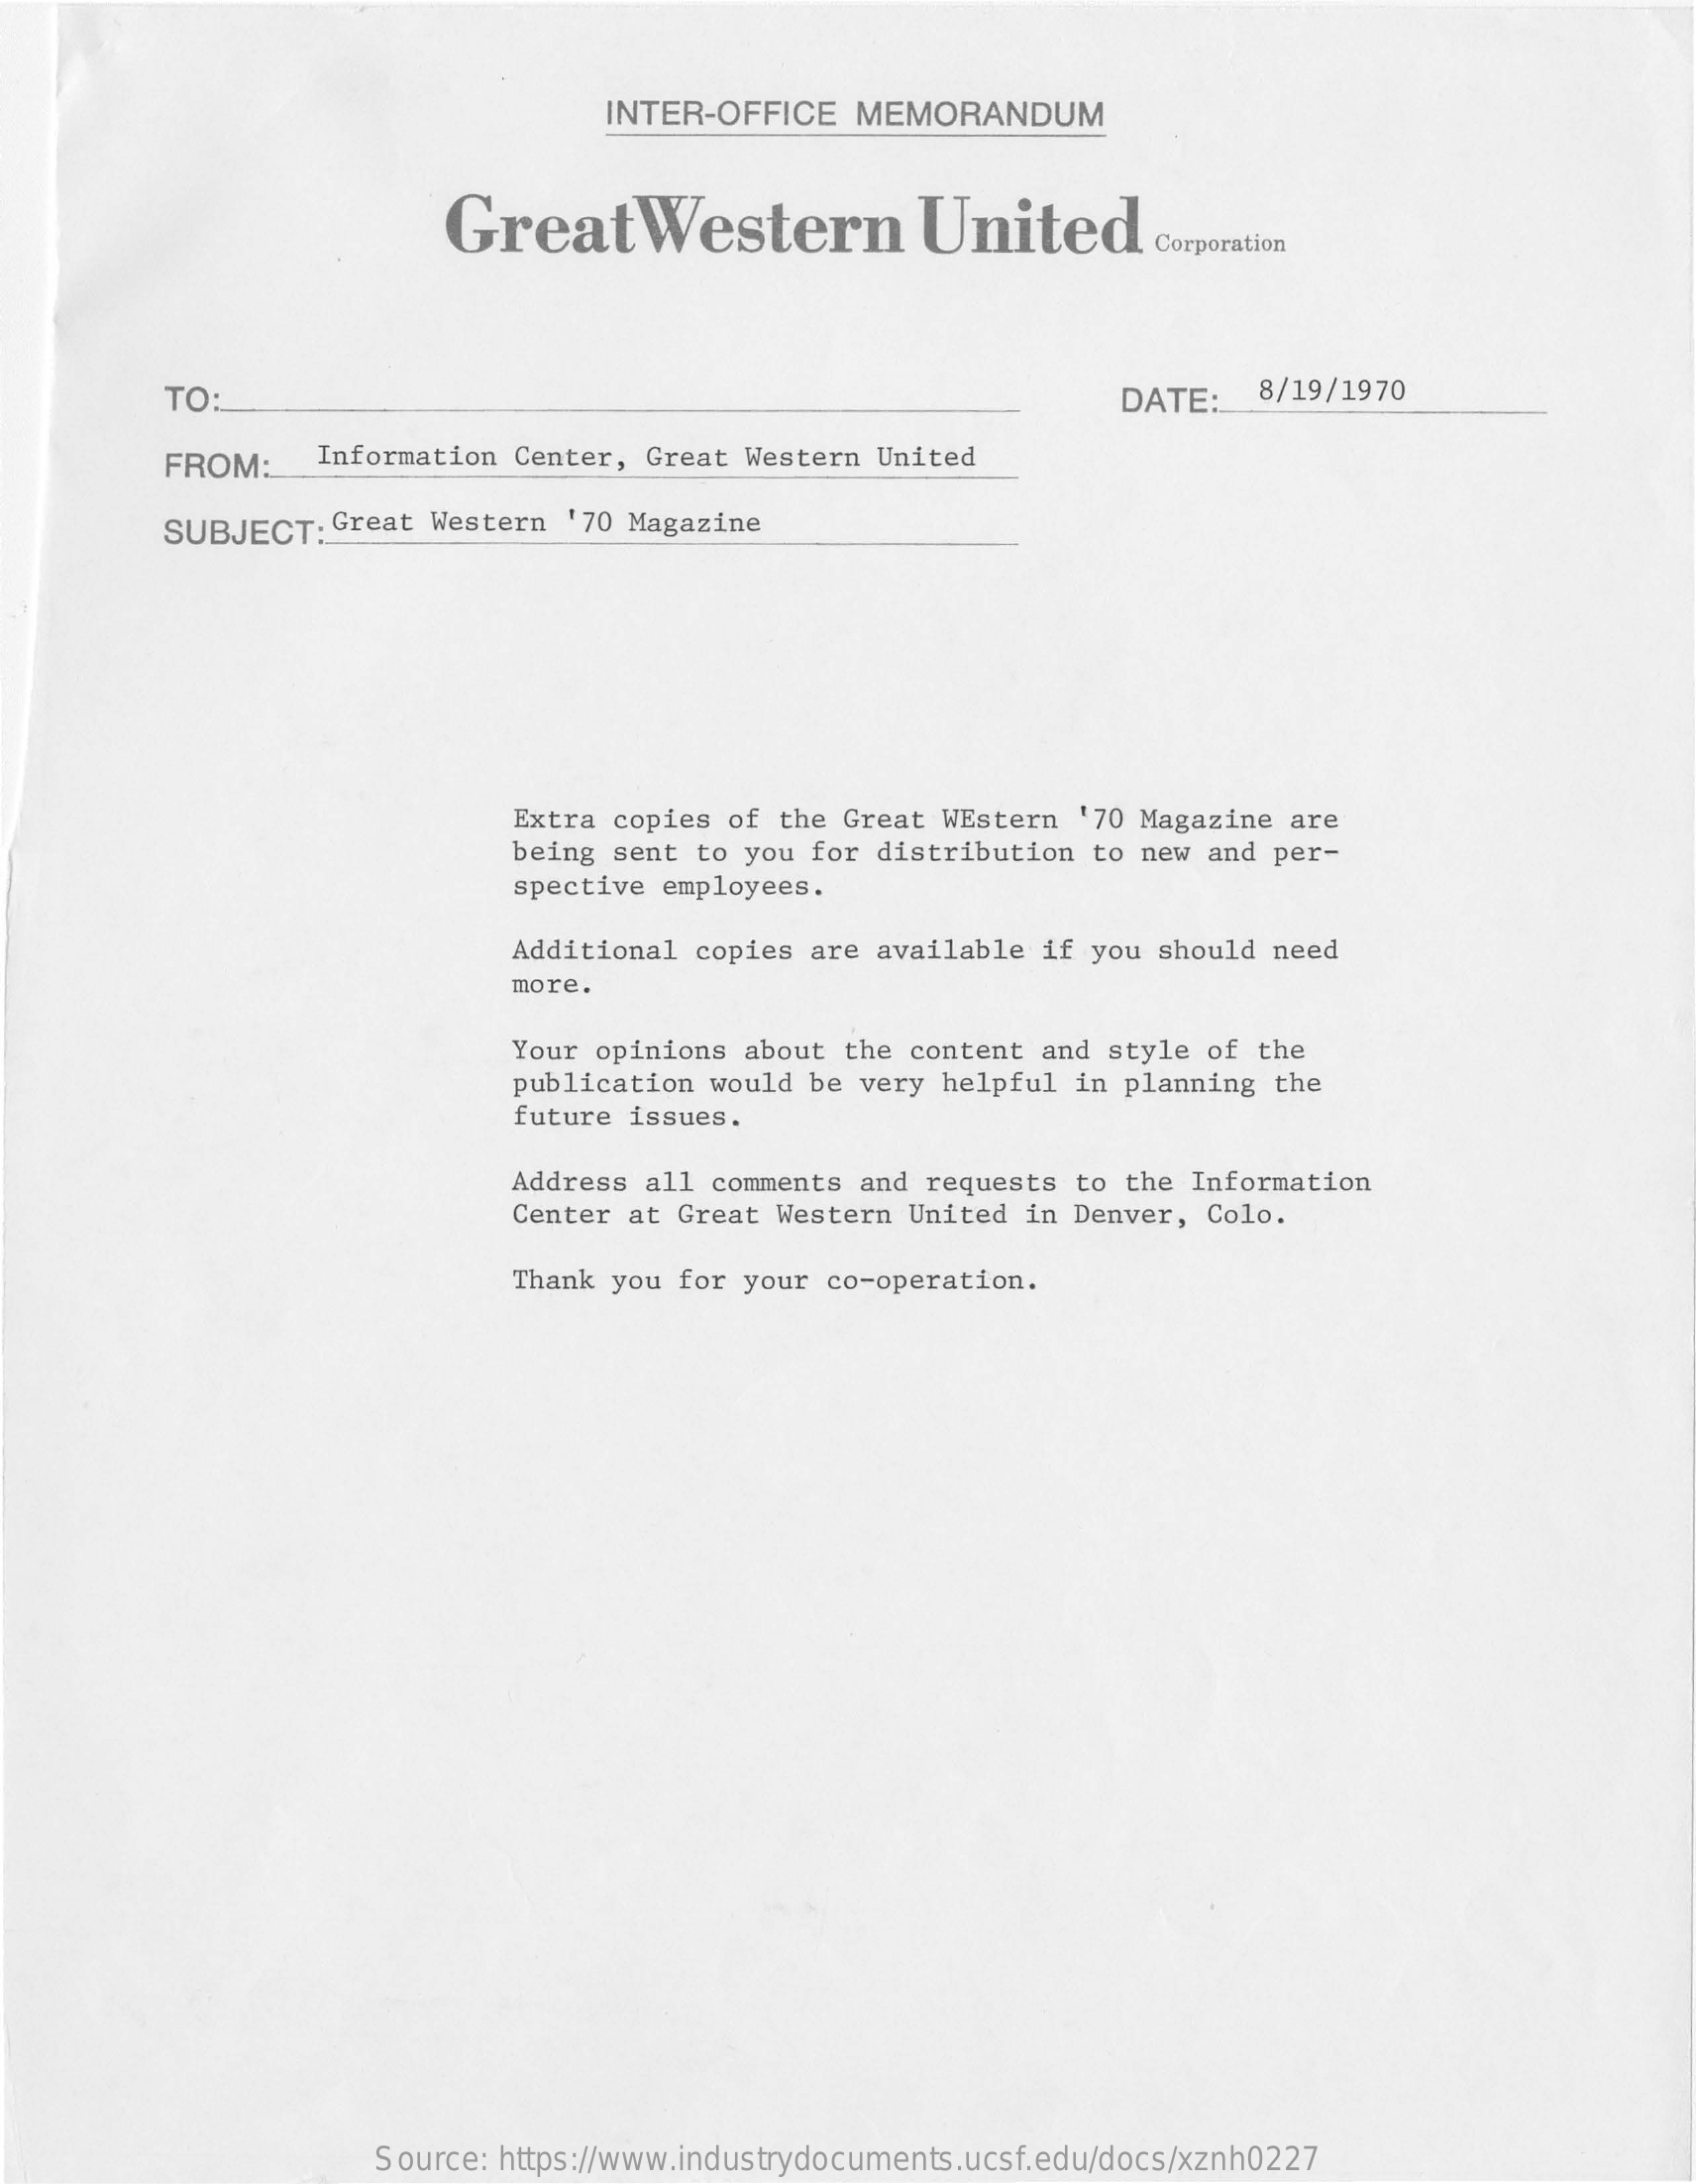
INTER-OFFICE   MEMORANDUM
     GreatWestern    United    Corporation
     TO:    DATE:    8/19/1970
     FROM:    Information Center, Great Western  United
     SUBJECT:   Great Western '70 Magazine
     Extra copies of  the Great WEstern '70 Magazine  are
     being sent to you  for distribution to new  and per-
     spective employees.
     Additional copies  are available if you should need
     more.
     Your opinions  about the content and style of  the
     publication would be  very helpful in planning  the
     future issues.
     Address all comments  and requests to the Information
     Center at Great Western  United in Denver, Colo.
     Thank you for your  co-operation.
     Source: https://www.industrydocuments.ucsf.edu/docs/xznh0227